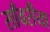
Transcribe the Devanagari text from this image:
साँवरीया